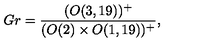
G r = \frac { ( O ( 3 , 1 9 ) ) ^ { + } } { ( O ( 2 ) \times O ( 1 , 1 9 ) ) ^ { + } } ,